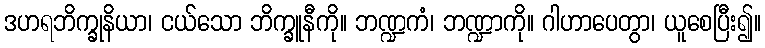
ဒဟရဘိက္ခုနိယာ၊ ငယ်သော ဘိက္ခူနီကို။ ဘဏ္ဍကံ၊ ဘဏ္ဍာကို။ ဂါဟာပေတွာ၊ ယူစေပြီး၍။